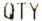
QTY